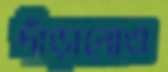
দাঁড়ানোও